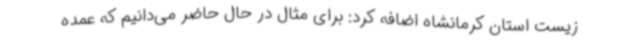
زیست استان کرمانشاه اضافه کرد: برای مثال در حال حاضر می‌دانیم که عمده